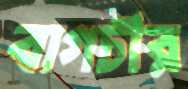
বাগচীর